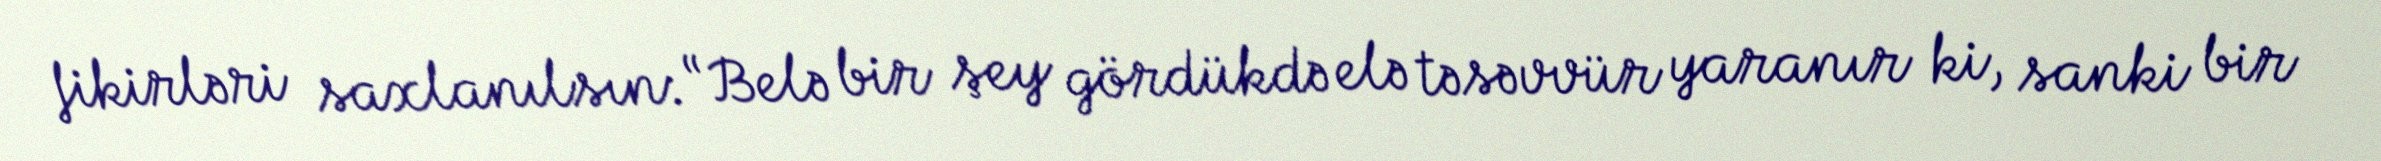
fikirləri saxlanılsın: “Belə bir şey gördükdə elə təsəvvür yaranır ki, sanki bir